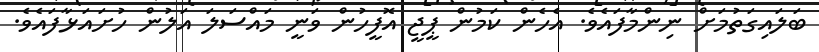
ބަލަައިގަތުމަށް ނިންމާފައެވެ. އެހެން ކަމުން ޕީޖީ އޮފީހުން ވަނީ މައްސަލަ އަލުން ހުށައަޅާފައެވެ.